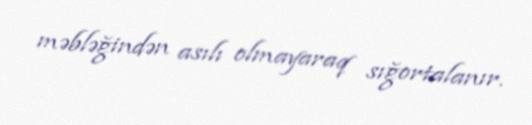
məbləğindən asılı olmayaraq sığortalanır.